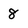
Character: 8